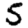
Digit: 5